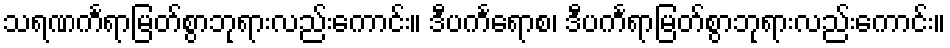
သရဏင်္ကရာမြတ်စွာဘုရားလည်းကောင်း။ ဒီပင်္ကရောစ၊ ဒီပင်္ကရာမြတ်စွာဘုရားလည်းကောင်း။